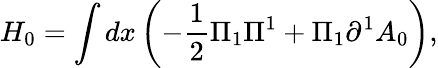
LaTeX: H_{0}=\int dx\left({-\frac{1}{2}\Pi_{1}\Pi^{1}+\Pi_{1}\partial^{1}A_{0}}\right),